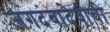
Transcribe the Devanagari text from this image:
जगदंबादेवीची